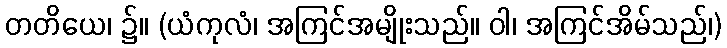
တတိယေ၊ ၌။ (ယံကုလံ၊ အကြင်အမျိုးသည်။ ဝါ၊ အကြင်အိမ်သည်၊)